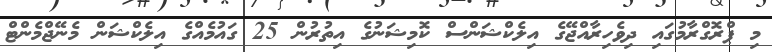
މި ޕްރޮގްރާމުގައި ދިވެހިރާއްޖޭގެ އިލެކްޝަންސް ކޮމިޝަނުގެ އިތުރުން 25 ގައުމެއްގެ އިލެކްޝަން މެނޭޖްމެންޓް